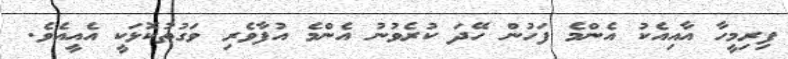
ފިރިމީހާ އާއިއެކު އެންމެ ފަހުން ހޭދަ ކުރެވުނު އެންމެ އުފާވެރި ވަގުތުކޮޅަކީ އެއީއެވެ.